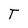
Character: T